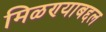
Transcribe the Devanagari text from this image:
मिळण्याबद्दल